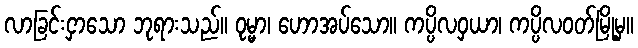
လာခြင်းငှာသော ဘုရားသည်။ ဝုမ္မာ၊ ဟောအပ်သော။ ကပ္ပိလဝှယာ၊ ကပ္ပိလဝတ်မြို့မှ။